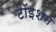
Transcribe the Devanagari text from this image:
टॉइशन